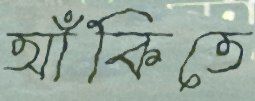
আঁকিতে